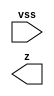
// This program was cloned from: https://github.com/aolofsson/oh
// License: MIT License

//#############################################################################
//# Function: Antenna Diode                                                   #
//# Copyright: OH Project Authors. ALl rights Reserved.                       #
//# License:  MIT (see LICENSE file in OH repository)                         #
//#############################################################################

module asic_antenna #(parameter PROP = "DEFAULT")   (
    input  vss,
    output z
    );

endmodule